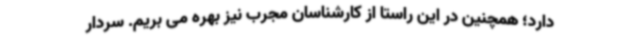
دارد؛ همچنین در این راستا از کارشناسان مجرب نیز بهره می بریم. سردار